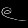
Digit: ၉